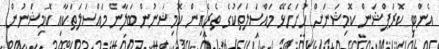
އެންޓި ކޮރަޕްޝަން ކޮމިޝަނަށް ހުށަހެޅޭ މައްސަލަތަކުގެ ތެރެއިން ކޮމިޝަނުން ބަލާނެ މައްސަލަތަކާއި ކޮމިޝަނުން